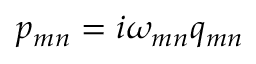
p _ { m n } = i \omega _ { m n } q _ { m n }